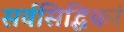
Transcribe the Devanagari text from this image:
सर्वसिद्धिकरं